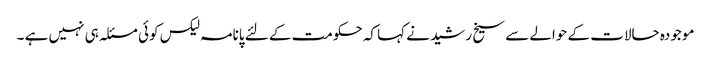
موجودہ حالات کے حوالے سے سیخ رشید نے کہا کہ حکومت کے لئے پانامہ لیکس کوئی مسئلہ ہی نہیں ہے ۔